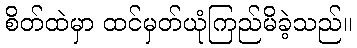
စိတ်ထဲမှာ ထင်မှတ်ယုံကြည်မိခဲ့သည်။